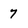
Character: 7